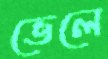
ভেলে